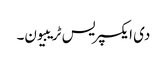
دی ایکسپریس ٹریبیون۔